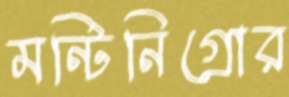
মন্টিনিগ্রোর